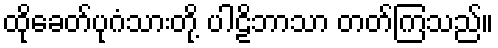
ထိုခေတ်ပုဂံသားတို့ ပါဠိဘာသာ တတ်ကြသည်။